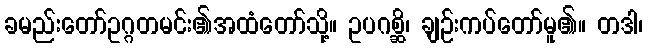
ခမည်းတော်ဥဂ္ဂတမင်း၏အထံတော်သို့။ ဥပဂစ္ဆိ၊ ချဉ်းကပ်တော်မူ၏။ တဒါ၊